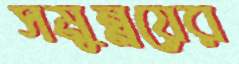
সমুন্নয়ের